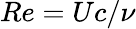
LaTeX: Re=Uc/\nu